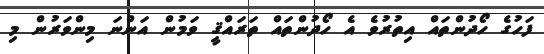
ފަހުގެ ހޯދުންތައް އިތުރުވެ އެ ހޯދުންތައް ތަރައްޤީ ވަމުން އަންނަ މިންވަރުން މި